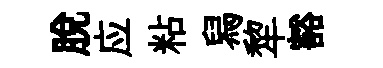
脫应粘舄犂豁